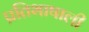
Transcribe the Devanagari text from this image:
प्रतिभाषाली